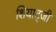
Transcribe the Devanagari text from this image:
शियाट्जी